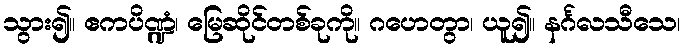
သွား၍။ ဧကပိဏ္ဍံ၊ မြေဆိုင်တစ်ခုကို။ ဂဟေတွာ၊ ယူ၍။ နင်္ဂလသီသေ၊